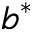
b ^ { * }